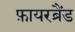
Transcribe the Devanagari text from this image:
फ़ायरब्रैंड